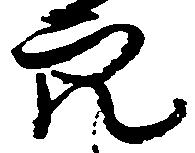
穴